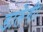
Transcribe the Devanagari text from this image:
डालेंगी।